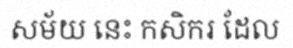
សម័យ នេះ កសិករ ដែល